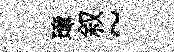
璋叙~